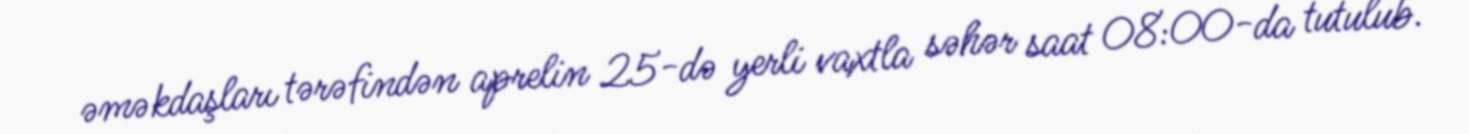
əməkdaşları tərəfindən aprelin 25-də yerli vaxtla səhər saat 08:00-da tutulub.